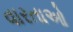
વારતાઓ